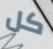
كل